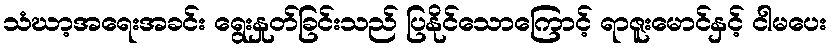
သံဃာ့အရေးအခင်း ရွေးနှုတ်ခြင်းသည် ပြနိုင်သောကြောင့် ရာဇူးမောင်နှင့် ငါမပေး